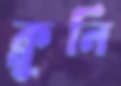
ক্লুনি